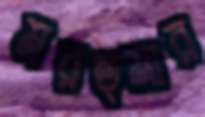
মরহুমার